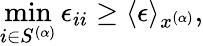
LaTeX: \operatorname*{min}_{i\in S^{(\alpha)}}\epsilon_{ii}\ge\langle\epsilon\rangle_{x^{(\alpha)}},